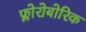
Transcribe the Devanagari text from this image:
फ्लोरोबोरिक